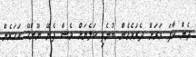
ދެން ކާފަ ވަރަށް ދެރަވެގެން ބުނެފި ކަލެޔަށް ވެސް ފެނޭ ނޫންހޭ އަހަރެން